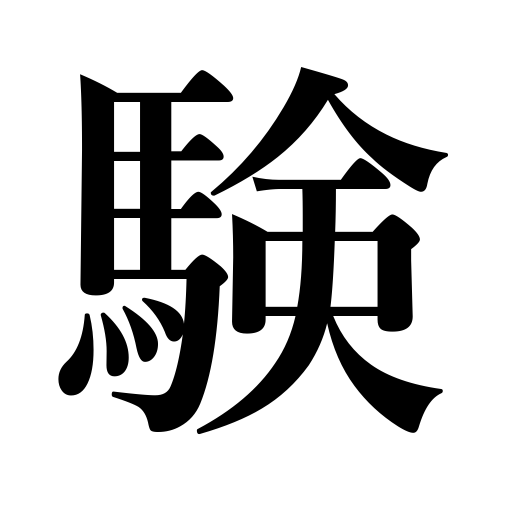
Meanings: effect,testing,beneficial effect of austerities